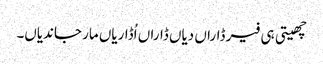
چھیتی ہی فیر ڈاراں دیاں ڈاراں اُڈاریاں مار جاندیاں۔